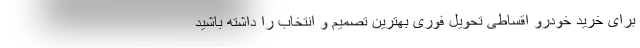
برای خرید خودرو اقساطی تحویل فوری بهترین تصمیم و انتخاب را داشته باشید